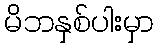
မိဘနှစ်ပါးမှာ